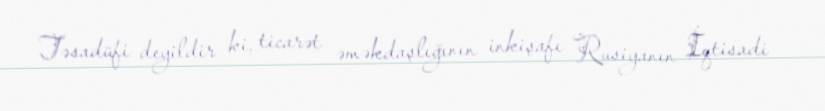
Təsadüfi deyildir ki, ticarət əməkdaşlığının inkişafı Rusiyanın İqtisadi